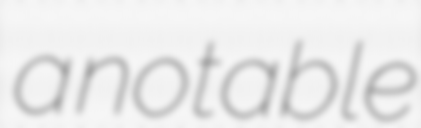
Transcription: a notable